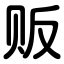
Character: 贩